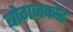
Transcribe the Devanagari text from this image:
बोगज़कोइ